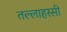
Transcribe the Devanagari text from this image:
तल्लाहस्सी